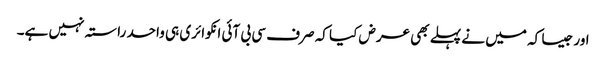
اور جیسا کہ میں نے پہلے بھی عرض کیا کہ صرف سی بی آئی انکوائری ہی واحد راستہ نہیں ہے۔